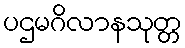
ပဌမဂိလာနသုတ္တ